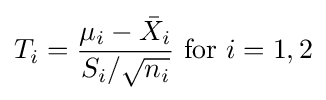
T_{i}={\frac {\mu _{i}-{\bar {X}}_{i}}{S_{i}/{\sqrt {n_{i}}}}}{\text{ for }}i=1,2